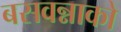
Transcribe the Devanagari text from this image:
बसवन्नाको